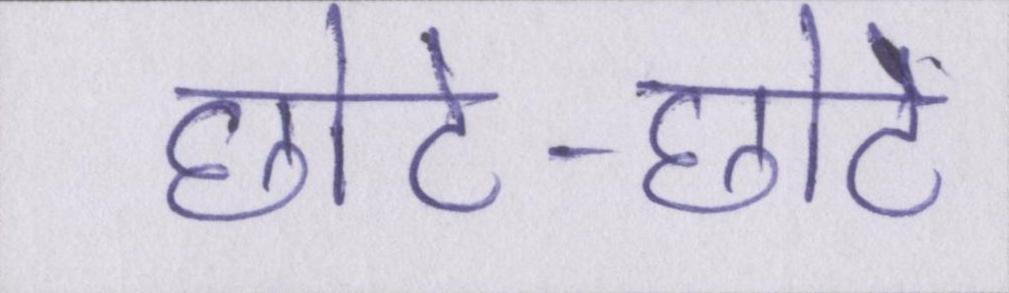
छोटे-छोटे